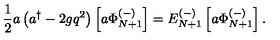
{ \frac { 1 } { 2 } } a \left( a ^ { \dagger } - 2 g q ^ { 2 } \right) \left[ a \Phi _ { N + 1 } ^ { ( - ) } \right] = E _ { N + 1 } ^ { ( - ) } \left[ a \Phi _ { N + 1 } ^ { ( - ) } \right] .